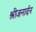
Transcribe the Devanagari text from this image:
श्रीजनार्दन